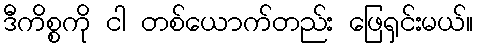
ဒီကိစ္စကို ငါ တစ်ယောက်တည်း ဖြေရှင်းမယ်။